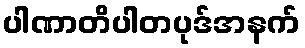
ပါဏာတိပါတပုဒ်အနက်